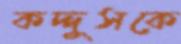
কদ্দুসকে